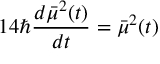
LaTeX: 1 4 \hbar \frac { d \bar { \mu } ^ { 2 } ( t ) } { d t } = \bar { \mu } ^ { 2 } ( t )